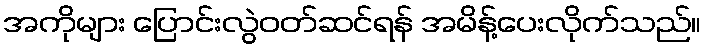
အကိုများ ပြောင်းလွဲဝတ်ဆင်ရန် အမိန့်ပေးလိုက်သည်။